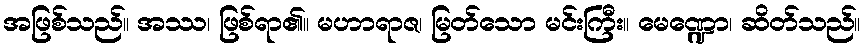
အဖြစ်သည်။ အဿ၊ ဖြစ်ရာ၏။ မဟာရာဇ၊ မြတ်သော မင်းကြီး။ မေဏ္ဍော၊ ဆိတ်သည်။